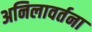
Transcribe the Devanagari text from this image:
अनिलावर्तना